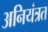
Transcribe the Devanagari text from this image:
अनियंत्रत